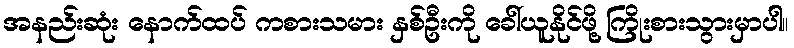
အနည်းဆုံး နောက်ထပ် ကစားသမား နှစ်ဦးကို ခေါ်ယူနိုင်ဖို့ ကြိုးစားသွားမှာပါ။